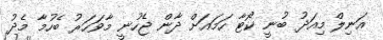
އަނިލް މިއަދު ބުނީ ކޯޓާ ހަމައަށް ދާން ޖެހުނީ މާވަހަރު ބެހުމާ މެދު